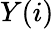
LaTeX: Y(i)